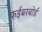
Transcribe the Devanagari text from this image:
फईबरबोर्ड